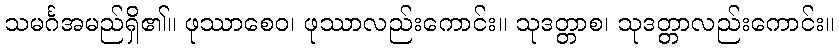
သမင်္ဂအမည်ရှိ၏။ ဖုဿာစေဝ၊ ဖုဿာလည်းကောင်း။ သုဒတ္တာစ၊ သုဒတ္တာလည်းကောင်း။